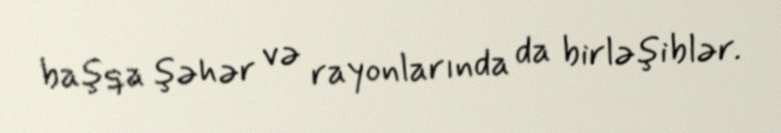
başqa şəhər və rayonlarında da birləşiblər.